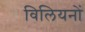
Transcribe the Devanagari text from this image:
विलियनों